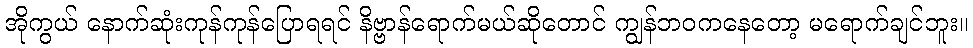
အိုကွယ် နောက်ဆုံးကုန်ကုန်ပြောရရင် နိဗ္ဗာန်ရောက်မယ်ဆိုတောင် ကျွန်ဘဝကနေတော့ မရောက်ချင်ဘူး။